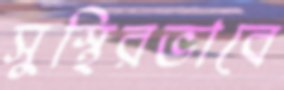
সুস্থিরভাবে